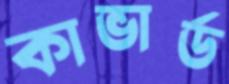
কাভার্ড